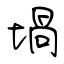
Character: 堝